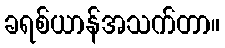
ခရစ်ယာန်အသက်တာ။